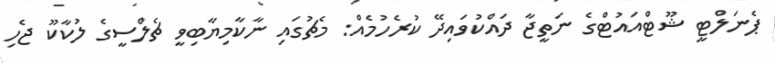
ޕެނަލްޓީ ޝޫޓްއައުޓްގެ ނަތީޖާ ދައްކުވައިދޭ ކުރެހުމެއް: މެޗުގައި ނާކާމިޔާބިވީ ޗެލްސީގެ ލުކާކޫ ޖެހި